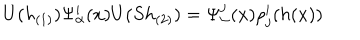
U ( h _ { ( 1 ) } ) \Psi _ { \alpha } ^ { i } ( x ) U ( S h _ { ( 2 ) } ) = \Psi _ { \alpha } ^ { j } ( x ) \rho _ { j } ^ { i } ( h ( x ) )